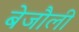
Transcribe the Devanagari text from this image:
बेजौली